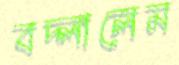
বদ্‌লালেম